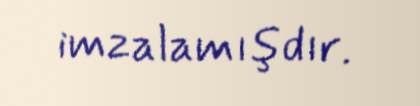
imzalamışdır.